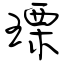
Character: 瑮